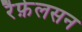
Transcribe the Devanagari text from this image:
रैफ़ेलसन